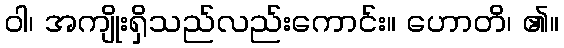
ဝါ၊ အကျိုးရှိသည်လည်းကောင်း။ ဟောတိ၊ ၏။